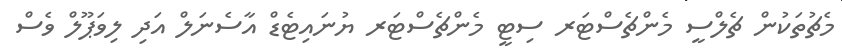
މެޗުތަކުން ޗެލްސީ މެންޗެސްޓަރ ސިޓީ މެންޗެސްޓަރ ޔުނައިޓެޑް އާސެނަލް އަދި ލިވަޕޫލް ވެސް